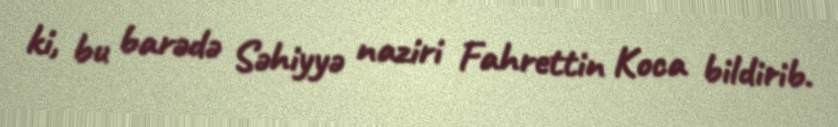
ki, bu barədə Səhiyyə naziri Fahrettin Koca bildirib.